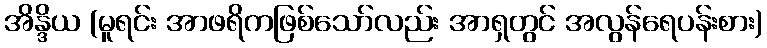
အိန္ဒိယ (မူရင်း အာဖရိကဖြစ်သော်လည်း အာရှတွင် အလွန်ရေပန်းစား)